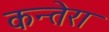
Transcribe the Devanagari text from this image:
कन्तेरा